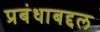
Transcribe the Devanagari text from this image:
प्रबंधाबद्दल